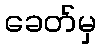
ခေတ်မှ